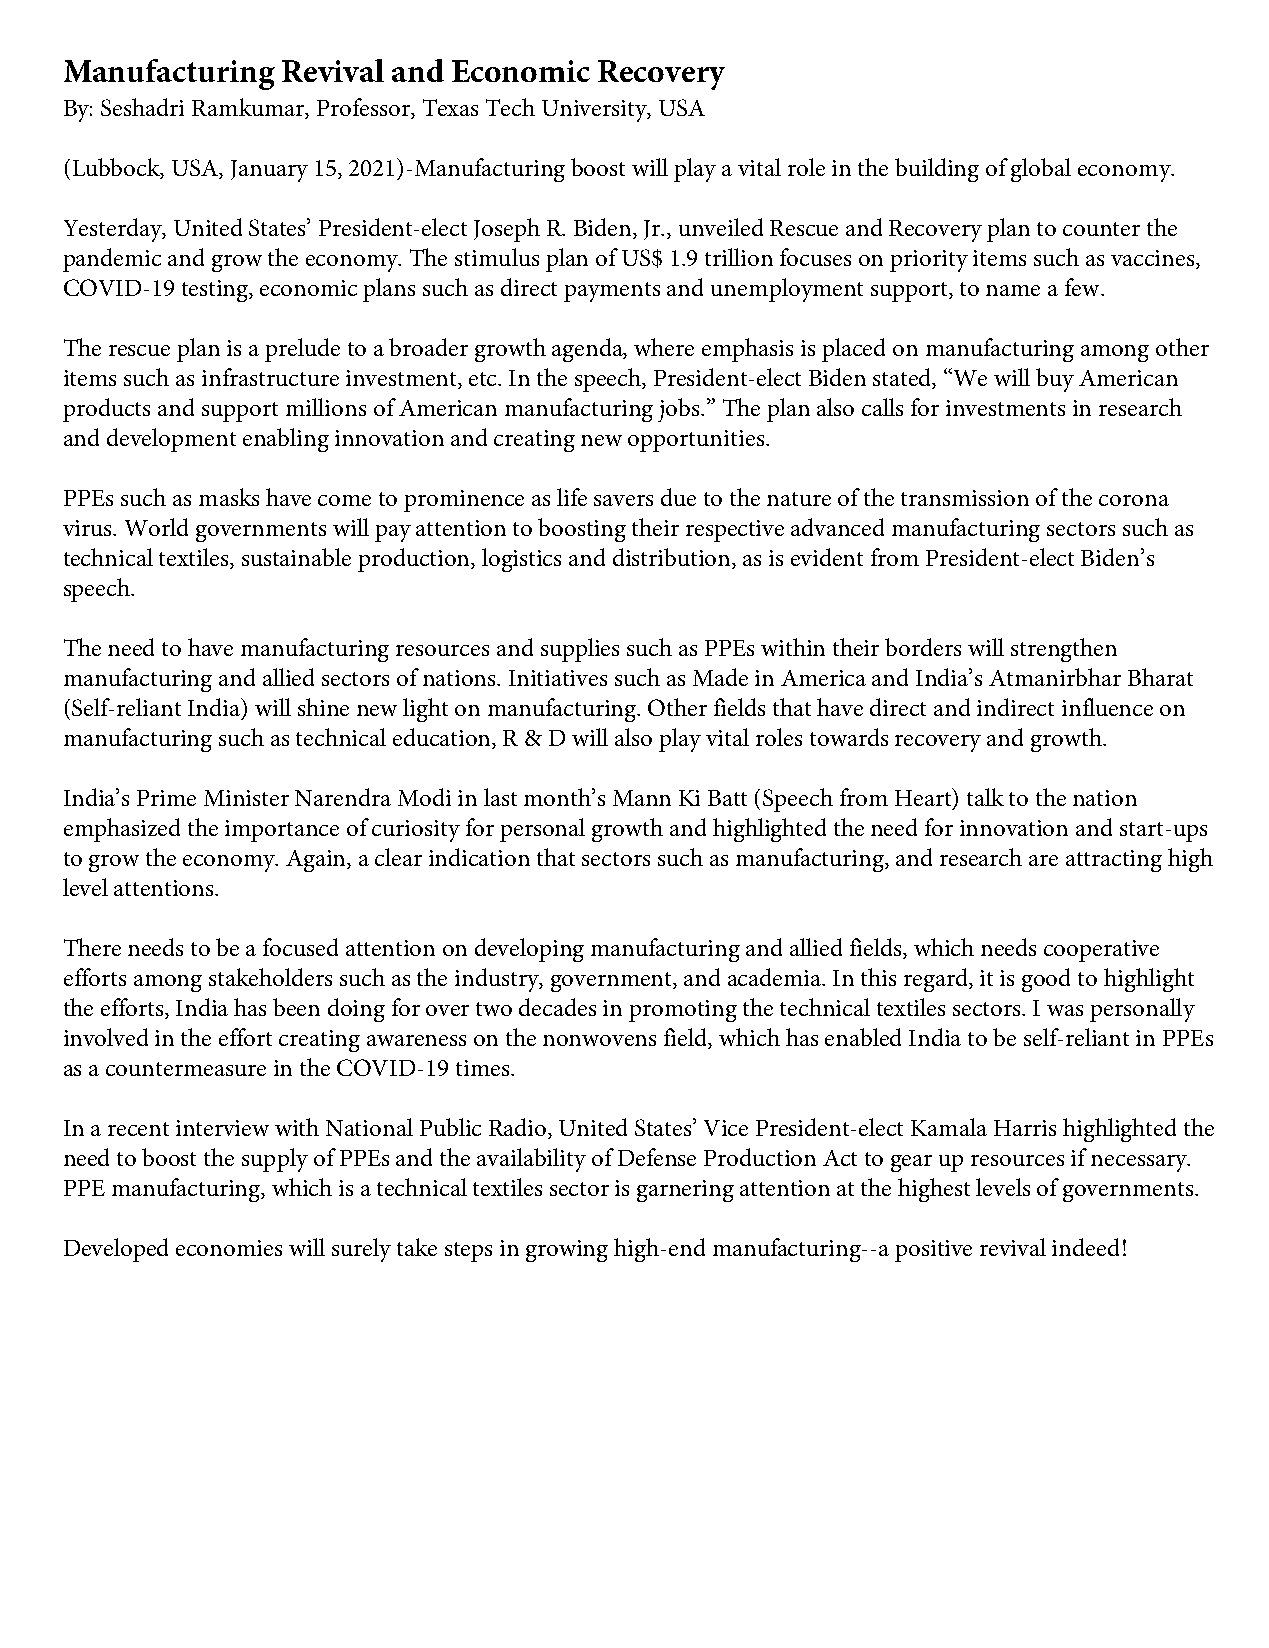
Manufacturing  Revival and Economic Recovery
 By: Seshadri Ramkumar, Professor, Texas Tech University, USA
 (Lubbock, USA, January 15, 2021)-Manufacturing boost will play a vital role in the building of global economy.
 Yesterday, United States’ President-elect Joseph R. Biden, Jr., unveiled Rescue and Recovery plan to counter the
 pandemic and grow the economy. The stimulus plan of US$ 1.9 trillion focuses on priority items such as vaccines,
 COVID-19 testing, economic plans such as direct payments and unemployment support, to name a few.
 The rescue plan is a prelude to a broader growth agenda, where emphasis is placed on manufacturing among other
 items such as infrastructure investment, etc. In the speech, President-elect Biden stated, “We will buy American
 products and support millions of American manufacturing jobs.” The plan also calls for investments in research
 and development enabling innovation and creating new opportunities.
 PPEs such as masks have come to prominence as life savers due to the nature of the transmission of the corona
 virus. World governments will pay attention to boosting their respective advanced manufacturing sectors such as
 technical textiles, sustainable production, logistics and distribution, as is evident from President-elect Biden’s
 speech.
 The need to have manufacturing resources and supplies such as PPEs within their borders will strengthen
 manufacturing and allied sectors of nations. Initiatives such as Made in America and India’s Atmanirbhar Bharat
 (Self-reliant India) will shine new light on manufacturing. Other fields that have direct and indirect influence on
 manufacturing such as technical education, R & D will also play vital roles towards recovery and growth.
 India’s Prime Minister Narendra Modi in last month’s Mann Ki Batt (Speech from Heart) talk to the nation
 emphasized the importance of curiosity for personal growth and highlighted the need for innovation and start-ups
 to grow the economy. Again, a clear indication that sectors such as manufacturing, and research are attracting high
 level attentions.
 There needs to be a focused attention on developing manufacturing and allied fields, which needs cooperative
 efforts among stakeholders such as the industry, government, and academia. In this regard, it is good to highlight
 the efforts, India has been doing for over two decades in promoting the technical textiles sectors. I was personally
 involved in the effort creating awareness on the nonwovens field, which has enabled India to be self-reliant in PPEs
 as a countermeasure in the COVID-19 times.
 In a recent interview with National Public Radio, United States’ Vice President-elect Kamala Harris highlighted the
 need to boost the supply of PPEs and the availability of Defense Production Act to gear up resources if necessary.
 PPE manufacturing, which is a technical textiles sector is garnering attention at the highest levels of governments.
 Developed economies will surely take steps in growing high-end manufacturing--a positive revival indeed!